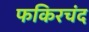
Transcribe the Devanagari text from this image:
फकिरचंद